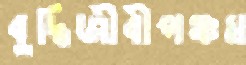
বুদ্ধিজীবীপঞ্চম